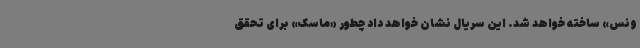
ونس» ساخته خواهد شد. این سریال نشان خواهد داد چطور «ماسک» برای تحقق